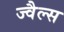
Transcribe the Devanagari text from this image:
ज्वैल्स